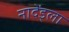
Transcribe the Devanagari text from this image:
नादेंड्ला